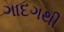
ગાદગથી